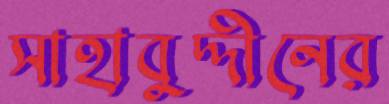
সাহাবুদ্দীনের